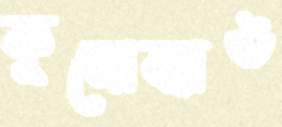
কুনোব্যাঙ